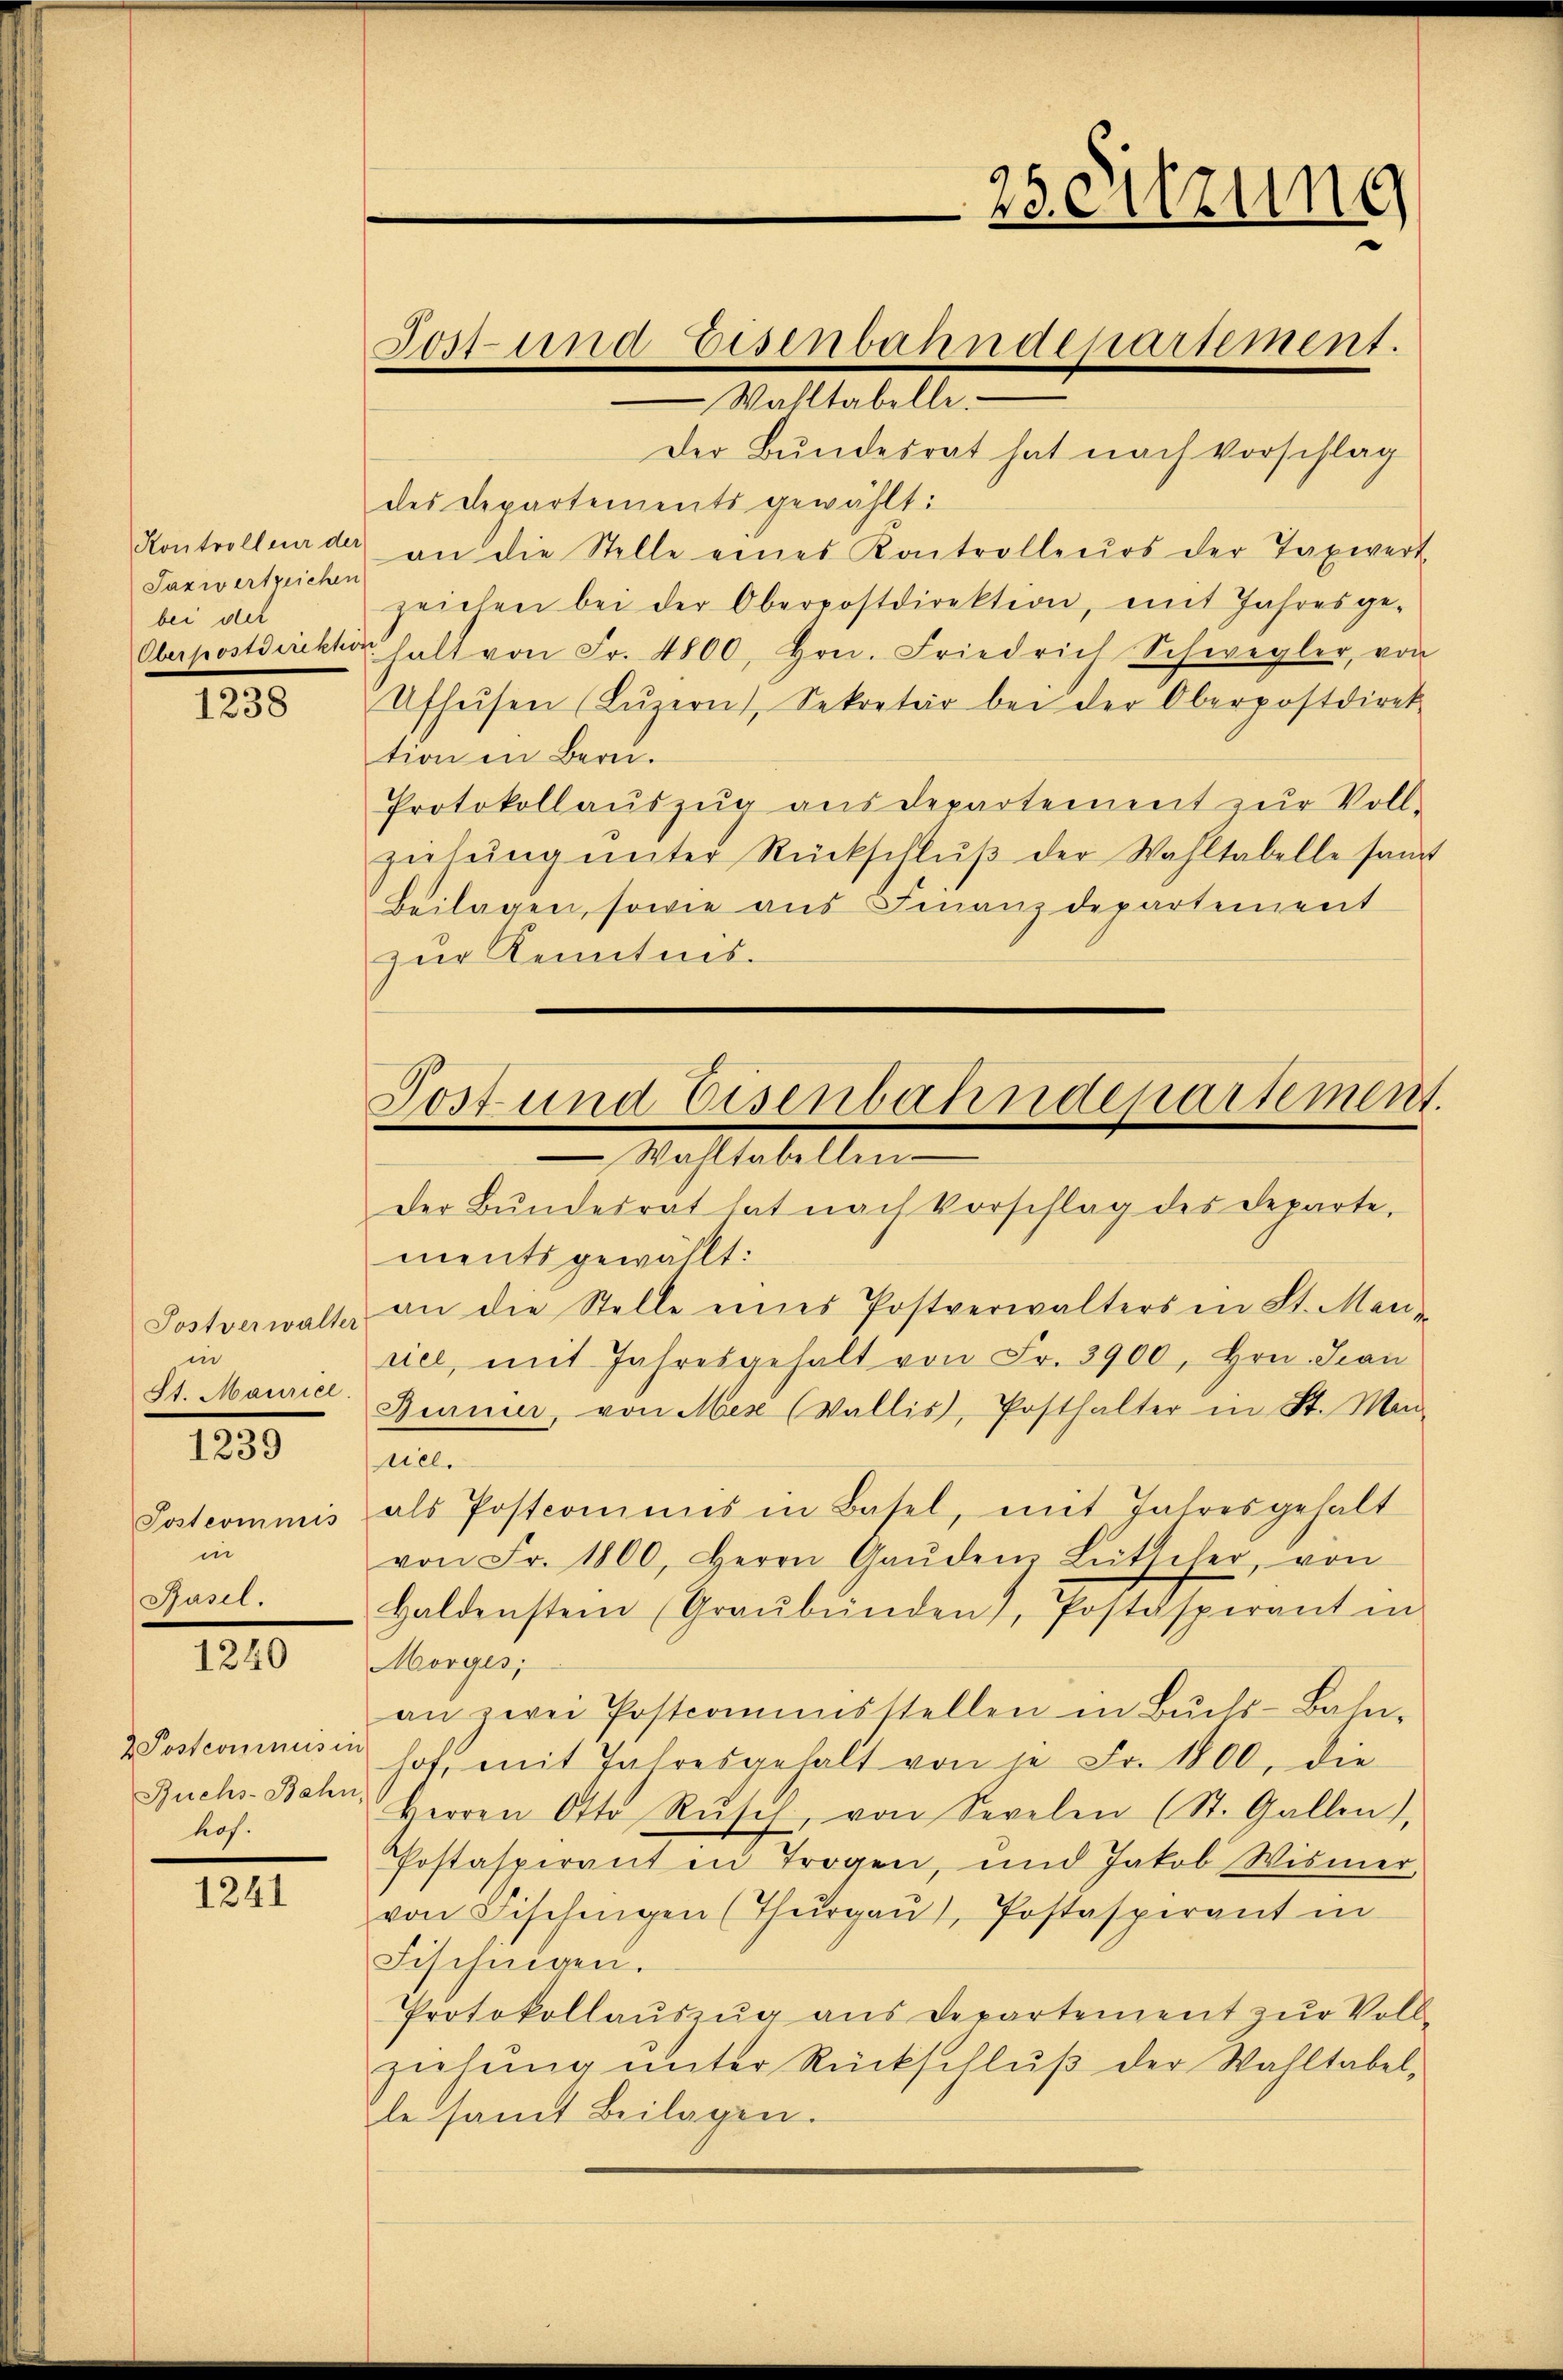
Kontrolleur der
Jaxwertreichen
bei der
Oberpostdiens

1238

Postverwalter
in
St. Maurice.
Postcommis
in
Basel.

1239

1240

2 Postcominus in
Buchs-Bahn,
hof.

1241

Post- und Eisenbahndepartement.

Wahltabelle
Der Bundesrat hat nach Vorschlag
des Departements gewählt:
an die Stelle eines Kontrolleurs der Taxwert
zeichen bei der Oberpostdirektion, mit Jahresge-
halt von Fr. 4800, Hrn. Friedrich Schwegler, von
Ufheisen (Lŭzern, Sekretär bei der Oberpostdiret
tion in Bern.
Protokollaŭszŭg aŭsdepartement zŭr Voll-
ziehŭng ŭnter Rückschlŭβ der Wahltabelle samt
Beilagen, sowie aus Finanzdepartement
zur Kenntnis-

Post und Eisenbahndepartement
Mastabellen
der Bŭndesrat hat nach Vorschlag des Departe,

ments gewählt:
an die Stelle eines Postverwalters in St. Mar
uel, mit Jahresgehalt von Fr. 3900, Hrn. Jan
Bunuer, von Mex (Wallis, Posthalter in St. Man-
ciel.
als Postcommis in Basel, mit Jahresgehalt
von Fr. 1800, Herrn Gaŭden Lütscher, von
Haldensten (Graubünden, Postäsperant in
Morges,
an zwei Postcommisstellen in Buchs-Bahn-
hof, mit Jahresgehalt von je Fr. 1800, die
Herren Otto Rŭsch, von Sevelen (St. Gallen,
Postaspirant in Trogen, und Jakob Wismer,
von Fischingen (Thŭrgaŭ, Postasperant in
Fischinigen.
Protokollauszug aus Departement zur Voll-
ziehung unter Rückschluß der Wahltabel,
le samt Beilagen.

25 Sitzung